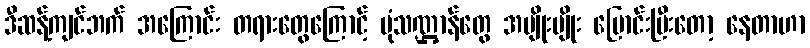
ဒီဆန့်ကျင်ဘက် အကြောင်း တရားတွေကြောင့် ပုံသဏ္ဌာန်တွေ အမျိုးမျိုး ပြောင်းပြီးတော့ နေတာဟာ